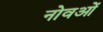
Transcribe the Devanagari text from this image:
नोवओं